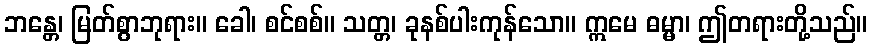
ဘန္တေ၊ မြတ်စွာဘုရား။ ခေါ၊ စင်စစ်။ သတ္တ၊ ခုနစ်ပါးကုန်သော။ ဣမေ ဓမ္မာ၊ ဤတရားတို့သည်။